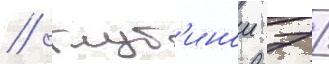
/ глуб'инои 7 /